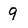
Character: 9